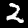
Digit: 2